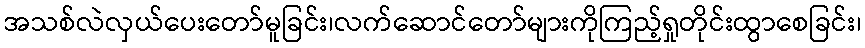
အသစ်လဲလှယ်ပေးတော်မူခြင်း၊လက်ဆောင်တော်များကိုကြည့်ရှုတိုင်းထွာစေခြင်း၊